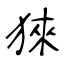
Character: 猍